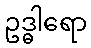
ဥဒ္ဓါရော